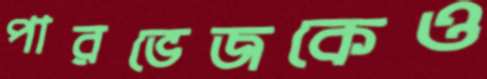
পারভেজকেও